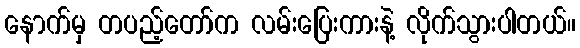
နောက်မှ တပည့်တော်က လမ်းပြေးကားနဲ့ လိုက်သွားပါတယ်။